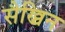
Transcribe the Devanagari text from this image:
सैख्निन